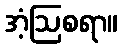
အံ့ဩစရာ။